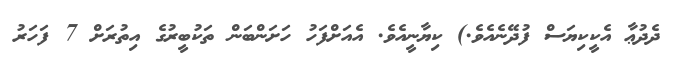
ދެދުޢާ އެކީކިޔަސް ފުދޭނެއެވެ.) ކިޔާނީއެވެ. އެއަށްފަހު ހަށަންބަން ތަކުބީރުގެ އިތުރަށް 7 ފަހަރު